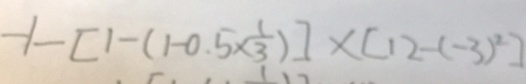
- 1 - [ 1 - ( 1 - 0 . 5 \times \frac { 1 } { 3 } ) ] \times [ 1 2 - ( - 3 ) ^ { 2 } ]